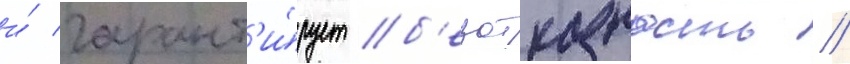
и́ гарант'и́рует б'езотказность //